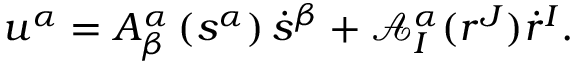
u ^ { \alpha } = A _ { \beta } ^ { \alpha } \left( s ^ { \alpha } \right) \dot { s } ^ { \beta } + \mathcal { A } _ { I } ^ { \alpha } ( r ^ { J } ) \dot { r } ^ { I } .